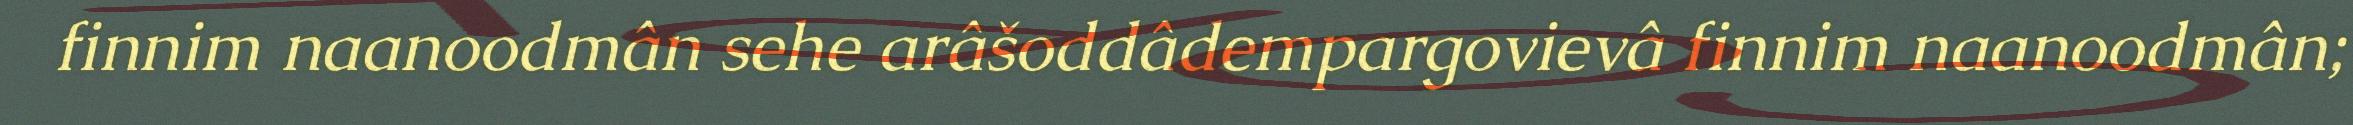
finnim naanoodmân sehe arâšoddâdempargovievâ finnim naanoodmân;